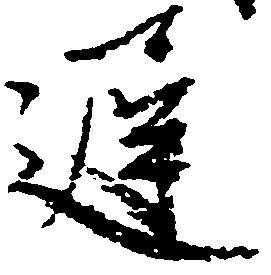
遅